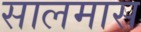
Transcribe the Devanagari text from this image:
सालमास